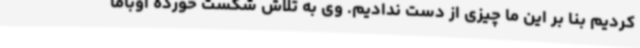
کردیم بنا بر این ما چیزی از دست ندادیم. وی به تلاش شکست خورده اوباما